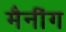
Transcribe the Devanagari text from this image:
मैनींग